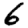
Digit: 6